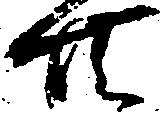
共